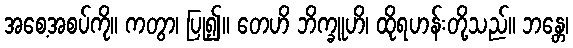
အစေ့အစပ်ကို။ ကတွာ၊ ပြု၍။ တေဟိ ဘိက္ခူဟိ၊ ထိုရဟန်းတို့သည်။ ဘန္တေ၊